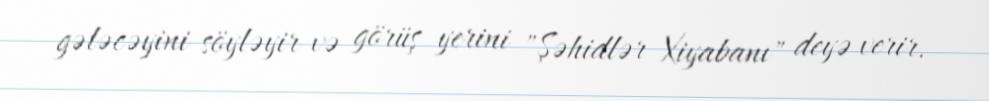
gələcəyini söyləyir və görüş yerini "Şəhidlər Xiyabanı" deyə verir.